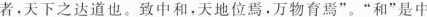
者，天下之达道也。致中和，天地位焉，万物育焉”。”和”是中